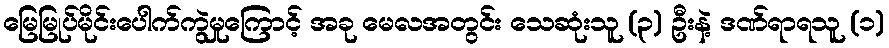
မြေမြုပ်မိုင်းပေါက်ကွဲမှုကြောင့် အခု မေလအတွင်း သေဆုံးသူ (၃) ဦးနဲ့ ဒဏ်ရာရသူ (၁)